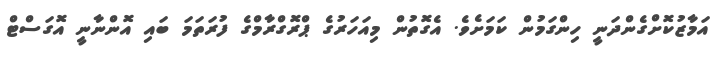
އަމާޒުކޮށްގެންދަނީ ހިންގަމުން ކަމަށެވެ. އެގޮތުން މިއަހަރުގެ ޕްރޮގްރާމްގެ ފުރަތަމަ ބައި އޮންނާނީ އޮގަސްޓް